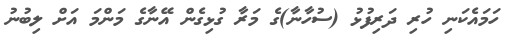
ހަމައެކަނި ހުރި ދަރިފުޅު (ސުހާނާ)ގެ މަރާ ގުޅިގެން އޭނާގެ މަންމަ އަށް ލިބުނު